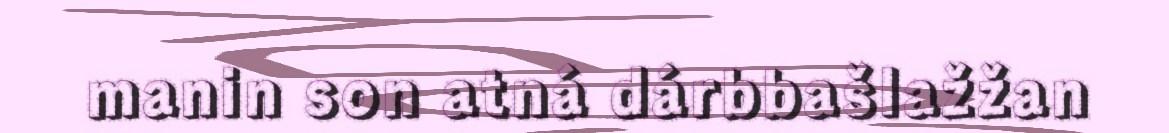
manin son atná dárbbašlažžan